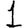
Digit: 1